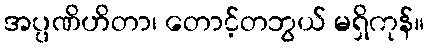
အပ္ပဏိဟိတာ၊ တောင့်တဘွယ် မရှိကုန်။